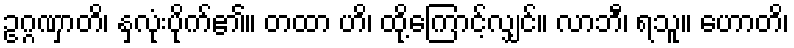
ဥဂ္ဂဏှာတိ၊ နှလုံးပိုက်၏။ တထာ ဟိ၊ ထို့ကြောင့်လျှင်။ လာဘီ၊ ရသူ။ ဟောတိ၊